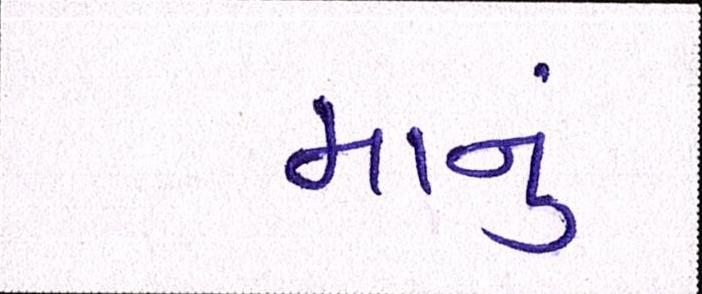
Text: માનું